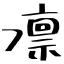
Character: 凛